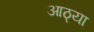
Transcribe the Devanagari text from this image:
आठ्या